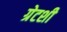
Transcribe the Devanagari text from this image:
ग्रेटशी